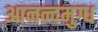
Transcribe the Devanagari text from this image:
आनन्दमुग्ध